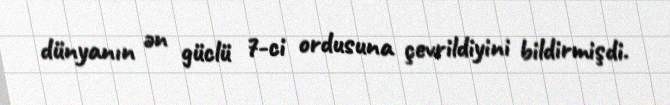
dünyanın ən güclü 7-ci ordusuna çevrildiyini bildirmişdi.